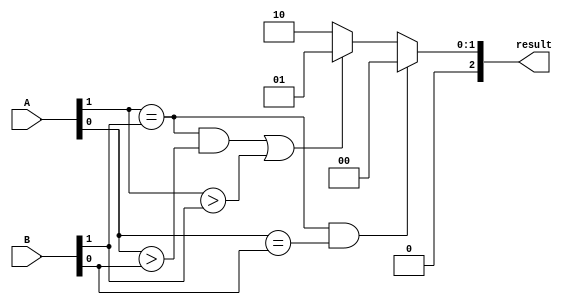
module comparator(
    input [1:0] A,
    input [1:0] B,
    output reg [2:0] result
);

always @(*) begin
    if (A[1] == B[1] && A[0] == B[0]) begin
        result = 3'b000; // Equal
    end else if (A[1] == B[1] && A[0] > B[0] || A[1] > B[1]) begin
        result = 3'b001; // Greater than
    end else begin
        result = 3'b010; // Less than
    end
end

endmodule